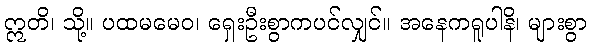
ဣတိ၊ သို့။ ပထမမေဝ၊ ရှေးဦးစွာကပင်လျှင်။ အနေကရူပါနိ၊ များစွာ